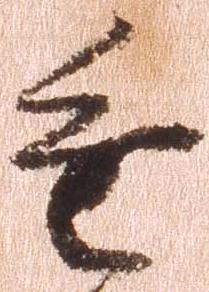
進